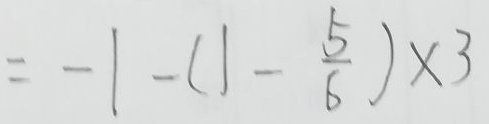
= - 1 - ( 1 - \frac { 5 } { 6 } ) \times 3